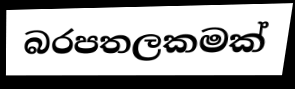
බරපතලකමක්